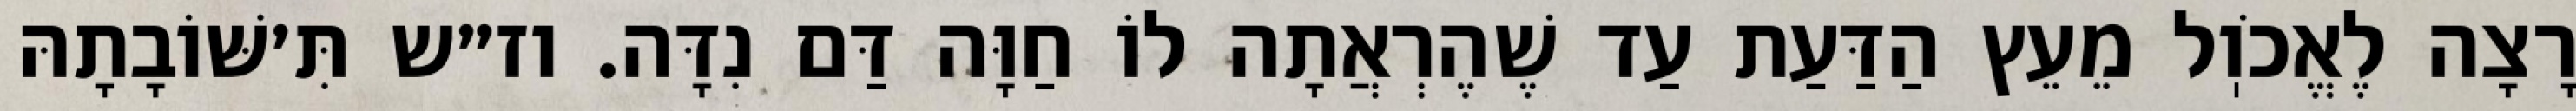
רָצָה לֶאֱכֹוֽל מֵעֵץ הַדַּעַת עַד שֶׁהֶרְאֲתָה לוֹ חַוָּה דַּם נִדָּה. וז״ש תִּ׳שּׁוֹבָתָהּ